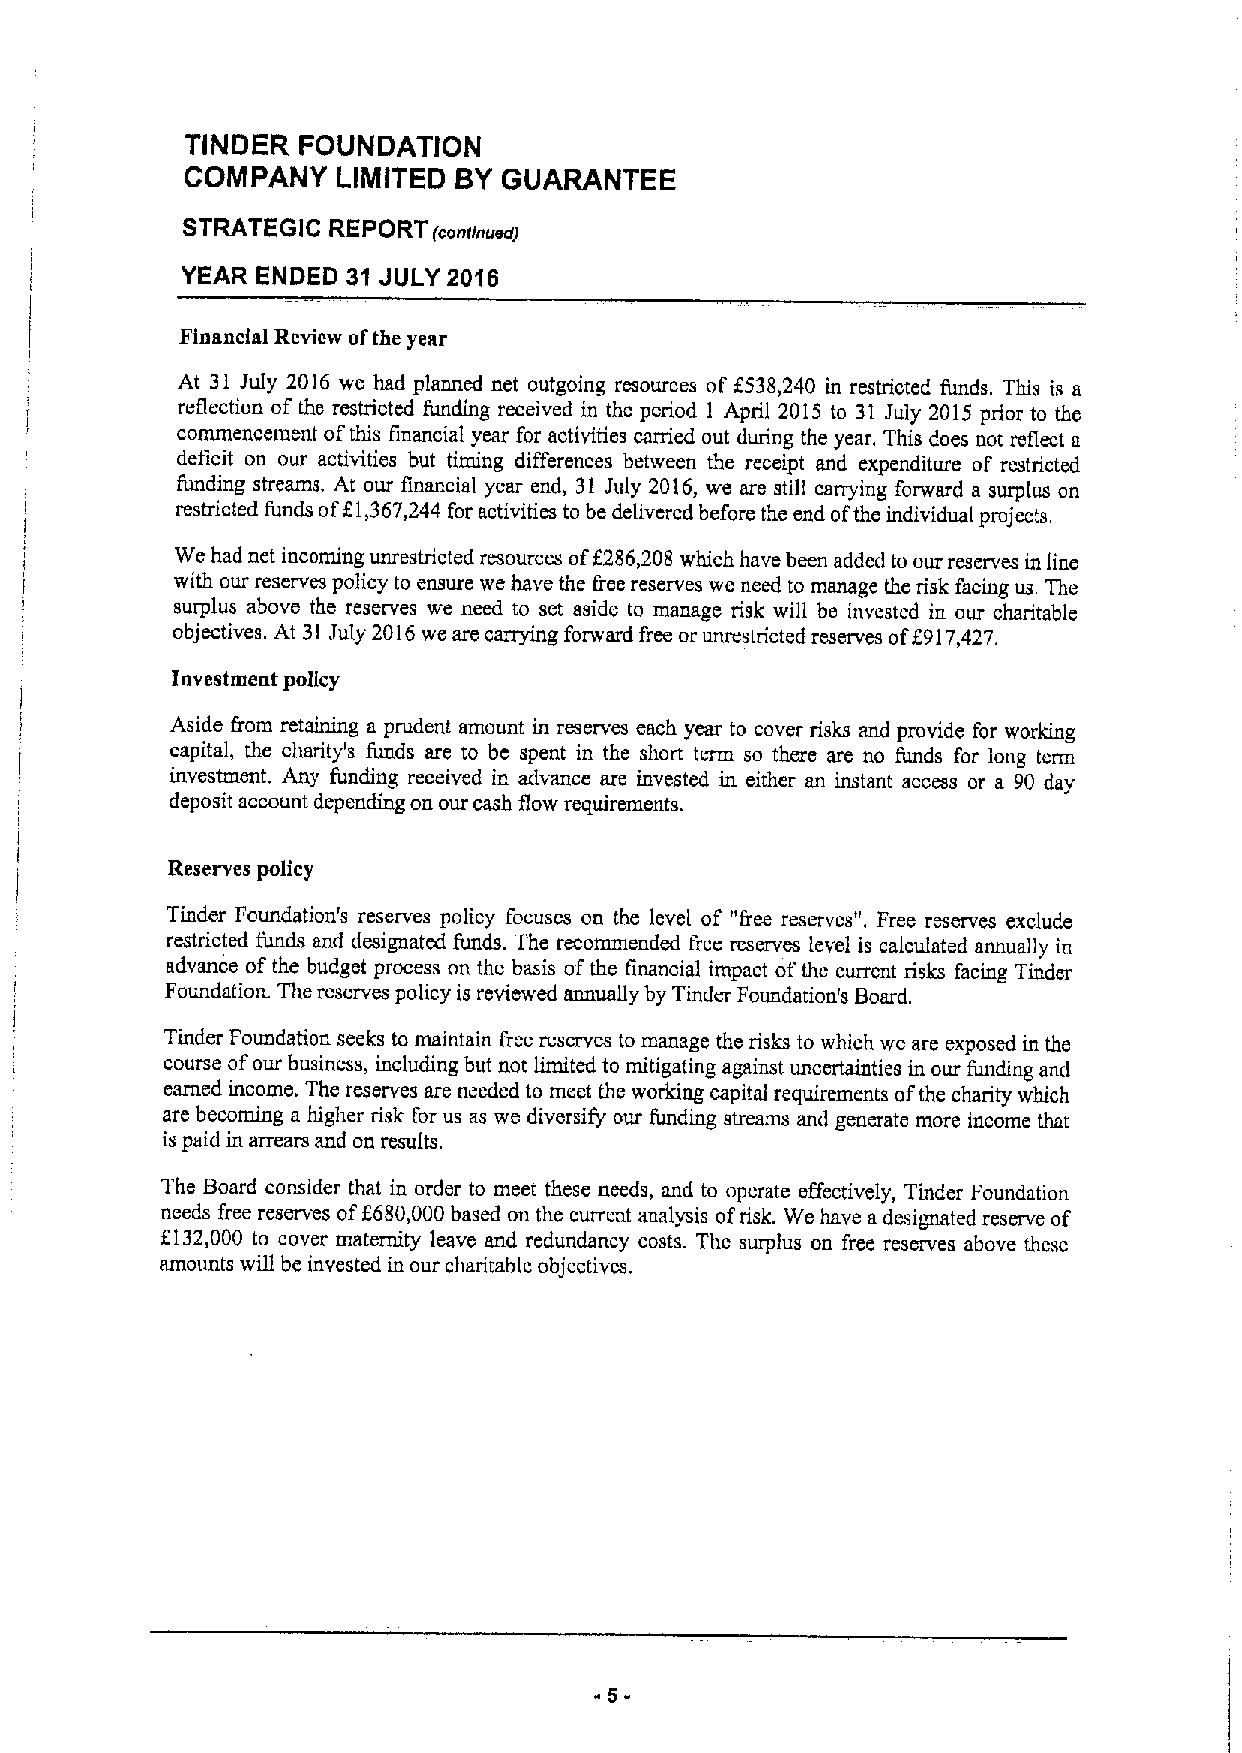
TINDER  FOUNDATION
 COMPANY   LIMITED BYGUARANTEE
 STRATEGIC REPORT
 (conunued)
 YEAR ENDED 31 JULY 2016
 Financial Review ofthe year
 At 31 July 2016 we had planned net outgoing resources of 5538,240 in restricted funds. This is a
 reflection of the restricted funding received in the period 1 April 2015 to 31 July 2015 prior to the
 commencement ofthis financial year for activities carried out during the year. This does not reflect a
 deficit on our activities but timing differences between the receipt and expenditure of restricted
 funding streams. At our financial year end, 31 July 2016, we are still carrying forward a surplus on
 restricted funds ofZl,367,244 for activities to be delivered before the end ofthe individual projects.
 We had net incoming unrestricted resources off 286,208 which have been added to our reserves in line
 with our reserves policy to ensure we have the free reserves we need to manage the risk facing us. The
 surplus above the reserves we need to set aside to manage risk will be invested in our charitable
 objectives. At 31 July 2016we are carrying forward free or unrestricted reserves of8917,427.
 Investment policy
 Aside 1'rom retaining a prudent amount in reserves each year to cover risks and provide for working
 capital, the charity's funds are to be spent in the short term so there are no funds for long term
 investment. Any funding received in advance are invested in either an instant access or a 90 day
 deposit account depending on our cash flow requirements.
 Reserves policy
 Tinder Foundation's reserves policy focuses on the level of ni'ree reserves". Free reserves exclude
 restricted funds and designated funds. The recommended free reserves level is calculated annually in
 advance ofthe budget process on the basis ofthe financial impact ofthe current risks facing Tinder
 Foundation. The reserves policy is reviewed annually by Tinder Foundation's Board.
 Tinder Foundation seeks to maintain tree reserves to manage the risks to which we are exposed in the
 course ofour business, including but not limited to mitigating against uncertainties in our funding and
 earned income. The reserves are needed to meet the working capital requirements ofthe charity which
 are becoming a higher risk for us as we diversify our funding streams and generate more income that
 is paid in arrears and on results.
 The Board consider that in order to meet these needs, and to operate effectively, Tmder Foundation
 needs free reserves of8680,000based on the current analysis ofrisk. We have a designated reserve of
 8132,000 to cover maternity leave and redundancy costs. The surplus on free reserves above these
 amounts will be invested in our charitable objectives.
 -5-